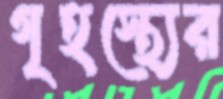
গৃহস্থ্যের